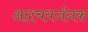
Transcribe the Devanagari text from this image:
आश्चयर्जनक